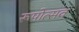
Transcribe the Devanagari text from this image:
रूपोत्सव